Senior Leaving Certificate Examination (including Day School Certificate (Higher) General paper), 1948
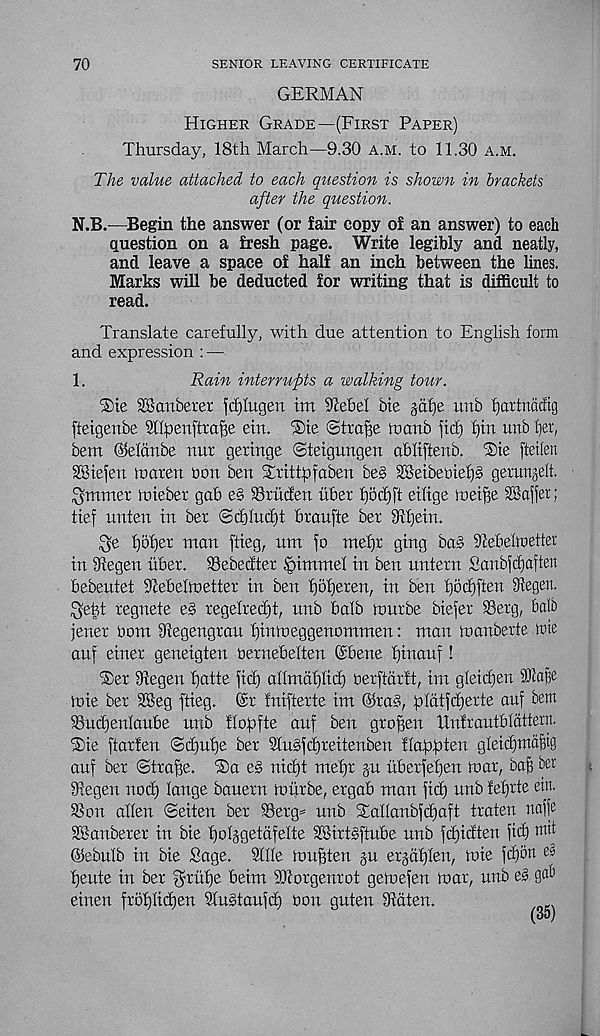
70
SENIOR LEAVING CERTIFICATE
GERMAN
Higher Grade—(First Paper)
Thursday, 18th March—9.30 A.M. to 11.30 a.m.
The value attached to each question is shown in brackets
after the question.
N.B.—Begin the answer (or fair copy of an answer) to each
question on a fresh page. Write legibly and neatly,
and leave a space of half an inch between the lines.
Marks will be deducted for writing that is difficult to
read.
Translate carefully, with due attention to English form
and expression : —
1.
Rain interrupts a walking tour.
iSie SBcmbeter fd)htgen tm S'tebel bte jaf)e imb fjartnadig
fteigenbe SllpenftraBe etn. ®te ©trafse tuanb fid) f)m unb t)er,
bem ©eldnbe nur gextnge ©teigungen abliftenb. iSte fteilen
SStefen toaten non ben Shitfcpfaben be§ SBeibeotef)§ gemtfelt.
Q'mmer luieber gab e§ Sriicten fiber fjodjft etltge toeifo Staffer;
tief nnten in ber ©d)htd)t braufte ber Oifjein.
$e f)of)er man ftieg, nm fo mefjr ging baS Ocebelroetter
in fHegen fiber. SSebedter .£)imrnel in ben nntern Sanbfdjaften
bebentet S'febelmetter in ben f)5f)eren, in ben f)bd)ften 9fegen.
Qe|t regnete e§ regelredjt, unb balb fonrbe biefer SSerg, balb
jener nom 9tegengrau fjinnieggenommen: man ioanberte we
auf einer geneigten oernebelten Gbene f)inanf!
iSer 9fegen fjatte fid) allmaf)fid) berftdrft, im gleidfen SOcajfe
tnie ber SSeg ftieg. @r Inifterte im @ra§, pfdtfdferte auf bent
ihudjenfaube unb flof>fte anf ben gro^en Unfrautbldttern.
®ie ftarfen ©d)uf)e ber 2fu§fd)reitenben HabiMen gfeidjntdBig
auf ber ©tra^e. ®a eg nid)t mef)r ju itberfefjen tnar, baB bei -
Sfegen nod) lange banern mfirbe, ergab man fid) unb fefjrte ein.
S3on alien ©eiten ber i8erg= unb $allanbfd)aft traten naffe
28anberer in bie Ijoljgetdfelte SBirtgftube unb fd)idten fid) tnit
(Sebulb in bie Sage. Sllle ntuBten ju erjdljlen, h)te fd)on
1)eute in ber fyrfilje beim iOcorgenrot getoefen mar, unb eg gab
einen frof)lid)en Slugtaufd) non guten 9fdten.